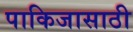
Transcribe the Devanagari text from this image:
पाकिजासाठी